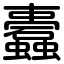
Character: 蠹